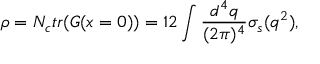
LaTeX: \rho = N _ { c } t r ( G ( x = 0 ) ) = 1 2 \int \frac { d ^ { 4 } q } { ( 2 \pi ) ^ { 4 } } \sigma _ { s } ( q ^ { 2 } ) ,